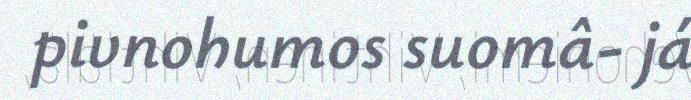
pivnohumos suomâ- já